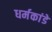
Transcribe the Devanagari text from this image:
धर्मकांडे